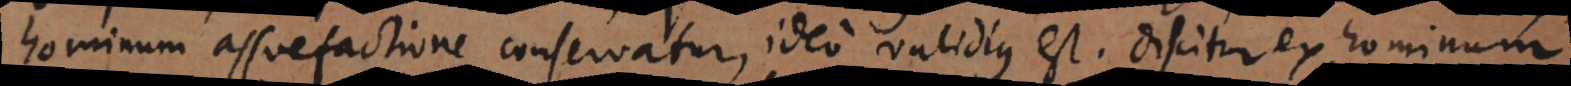
hominum assuefactione conservatur, ideo validius est. Discitur ex hominum